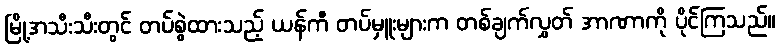
မြို့အသီးသီးတွင် တပ်စွဲထားသည့် ယန်ကီ တပ်မှူးများက တစ်ချက်လွှတ် အာဏာကို ပိုင်ကြသည်။